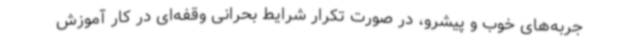
جربه‌های خوب و پیشرو، در صورت تکرار شرایط بحرانی وقفه‌ای در کار آموزش